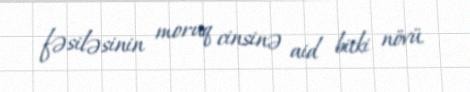
fəsiləsinin moruq cinsinə aid bitki növü.